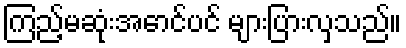
ကြည့်မဆုံးအောင်ပင် များပြားလှသည်။